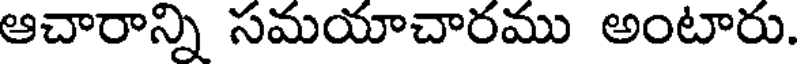
ఆచారాన్ని సమయాచారము అంటారు.